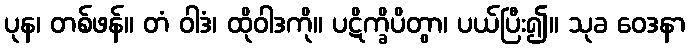
ပုန၊ တစ်ဖန်။ တံ ဝါဒံ၊ ထိုဝါဒကို။ ပဋိက္ခိပိတွာ၊ ပယ်ပြီး၍။ သုခ ဝေဒနာ